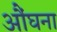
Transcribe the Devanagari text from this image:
औंघना